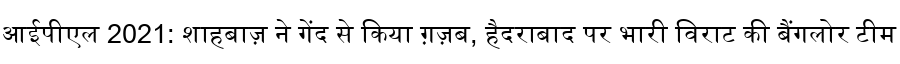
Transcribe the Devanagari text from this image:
आईपीएल 2021: शाहबाज़ ने गेंद से किया ग़ज़ब, हैदराबाद पर भारी विराट की बैंगलोर टीम